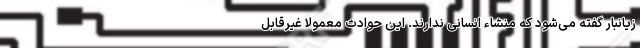
زیانبار گفته می‌شود که منشاء انسانی ندارند. این حوادث معمولاً غیرقابل